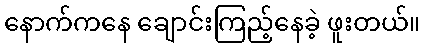
နောက်ကနေ ချောင်းကြည့်နေခဲ့ ဖူးတယ်။